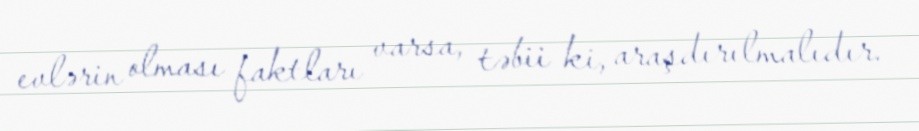
evlərin olması faktları varsa, təbii ki, araşdırılmalıdır.